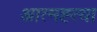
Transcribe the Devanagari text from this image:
आत्‍मह्त्‍या